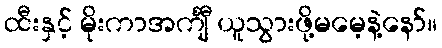
ထီးနှင့် မိုးကာအင်္ကျီ ယူသွားဖို့မမေ့နဲ့နော်။